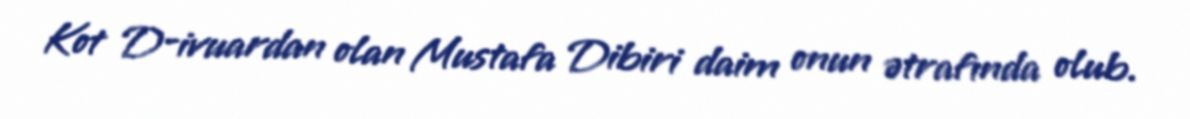
Kot D-ivuardan olan Mustafa Dibiri daim onun ətrafında olub.